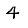
Digit: 4